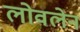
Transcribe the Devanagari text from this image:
लोवलेन